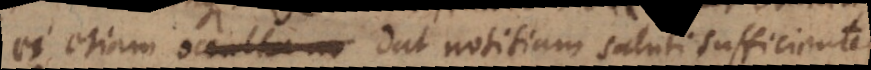
occultam dat notitiam saluti sufficientem